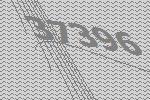
37396